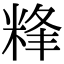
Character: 𥹾